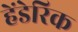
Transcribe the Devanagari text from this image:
हेंडेरिक